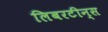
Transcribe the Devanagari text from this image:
लिबरटीन्स